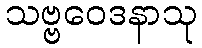
သဗ္ဗဝေဒနာသု